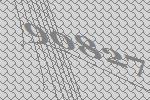
90827